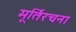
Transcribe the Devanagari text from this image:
मूर्तिरचना